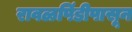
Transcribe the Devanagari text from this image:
रावळपिंडीपासून